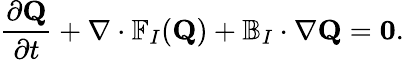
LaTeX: \frac{\partial\mathbf{Q}}{\partial t}+\nabla\cdot\mathbb{F}_{I}(\mathbf{Q})+\mathbb{B}_{I}\cdot\nabla\mathbf{Q}=\mathbf{0}.